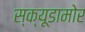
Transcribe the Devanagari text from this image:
स्क्यूडामोर